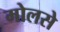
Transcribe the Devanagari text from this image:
मोलसे